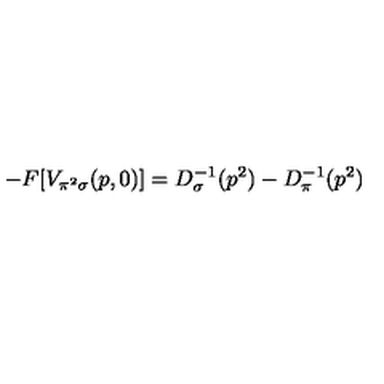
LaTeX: - F [ V _ { \pi ^ { 2 } \sigma } ( p , 0 ) ] = D _ { \sigma } ^ { - 1 } ( p ^ { 2 } ) - D _ { \pi } ^ { - 1 } ( p ^ { 2 } )